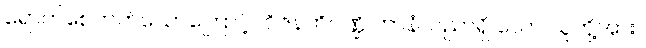
ရောက်စေတတ်သောကြောင့်။ ဝိဇနတိပဏ္ဍိ တာနံ၊ ပညာရှိ သော သူတို့အား။